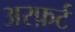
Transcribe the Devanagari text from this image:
अरफ़र्ट